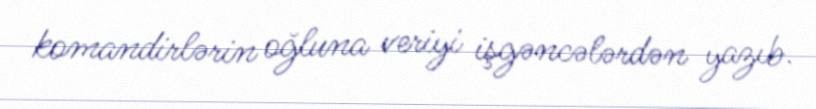
komandirlərin oğluna veriyi işgəncələrdən yazıb.